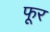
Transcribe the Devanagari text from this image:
फूर